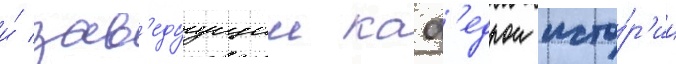
и́ зав'едуущии каф'едрои исто́р'ии